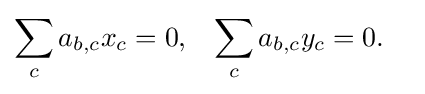
{\begin{aligned}\sum _{c}a_{b,c}x_{c}&=0,&\sum _{c}a_{b,c}y_{c}&=0.\end{aligned}}